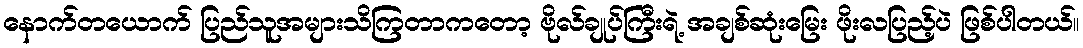
နောက်တယောက် ပြည်သူအများသိကြတာကတော့ ဗိုလ်ချုပ်ကြီးရဲ့ အချစ်ဆုံးမြေး ဖိုးလပြည့်ပဲ ဖြစ်ပါတယ်။